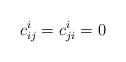
LaTeX: \begin{align*}c^i_{ij} = c^i_{ji} = 0\end{align*}